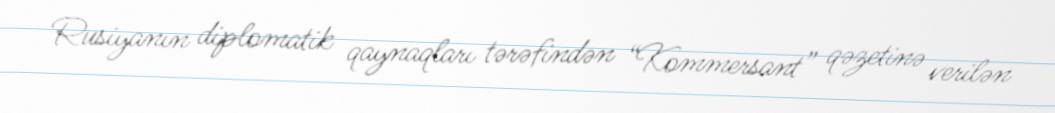
Rusiyanın diplomatik qaynaqları tərəfindən “Kommersant” qəzetinə verilən